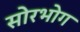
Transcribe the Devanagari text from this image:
सोरभोग